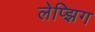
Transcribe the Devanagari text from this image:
लेप्झिग